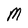
Character: M